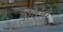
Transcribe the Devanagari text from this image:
अैवजी